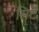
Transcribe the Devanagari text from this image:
सिटें